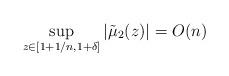
LaTeX: \begin{align*}\sup_{z \in [1+1/n, 1+\delta]}\left \vert \tilde{\mu}_2(z) \right\vert = O(n)\end{align*}